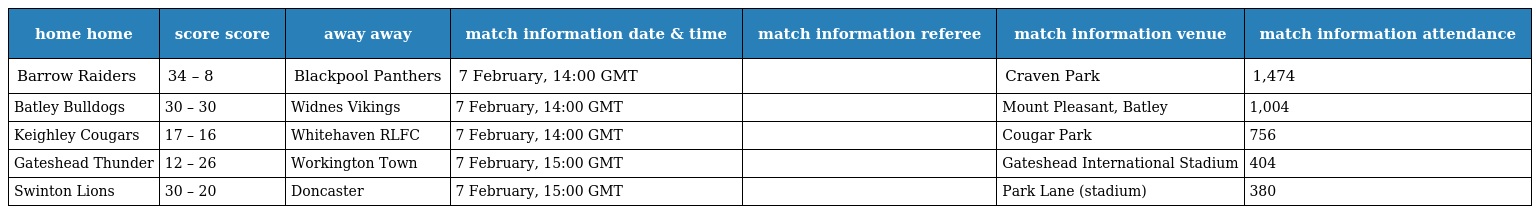
| home home | score score | away away | match information date & time | match information referee | match information venue | match information attendance |
 | --- | --- | --- | --- | --- | --- | --- |
 | Barrow Raiders | 34 – 8 | Blackpool Panthers | 7 February, 14:00 GMT |  | Craven Park | 1,474 |
 | Batley Bulldogs | 30 – 30 | Widnes Vikings | 7 February, 14:00 GMT |  | Mount Pleasant, Batley | 1,004 |
 | Keighley Cougars | 17 – 16 | Whitehaven RLFC | 7 February, 14:00 GMT |  | Cougar Park | 756 |
 | Gateshead Thunder | 12 – 26 | Workington Town | 7 February, 15:00 GMT |  | Gateshead International Stadium | 404 |
 | Swinton Lions | 30 – 20 | Doncaster | 7 February, 15:00 GMT |  | Park Lane (stadium) | 380 |